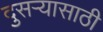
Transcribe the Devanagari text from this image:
दुसऱ्यासाठी